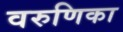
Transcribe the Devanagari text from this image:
वरुणिका